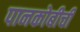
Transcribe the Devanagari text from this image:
पानकोबीची